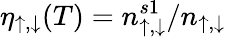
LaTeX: \eta_{\uparrow,\downarrow}(T)=n_{\uparrow,\downarrow}^{s1}/n_{\uparrow,\downarrow}